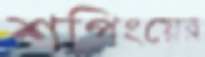
শপিংয়ের